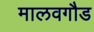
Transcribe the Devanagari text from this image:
मालवगौड